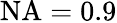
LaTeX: \textrm{NA}=0.9